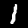
Digit: 1